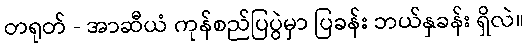
တရုတ် - အာဆီယံ ကုန်စည်ပြပွဲမှာ ပြခန်း ဘယ်နှခန်း ရှိလဲ။